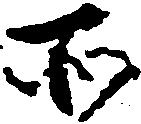
所